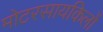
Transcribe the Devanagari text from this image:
मोटरसायकिलों